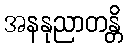
အနနုညာတန္တိ